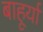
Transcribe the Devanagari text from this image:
बाहूर्या